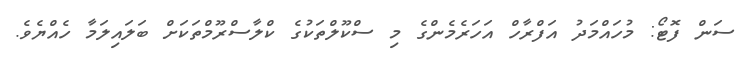
ސަން ފޮޓޯ: މުހައްމަދު އަފްރާހް އަހަރެމެންގެ މި ސްކޫލްތަކުގެ ކްލާސްރޫމްތަކަށް ބަލައިލަމާ ހެއްޔެވެ.